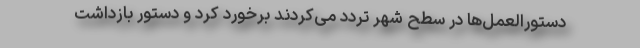
دستورالعمل‌ها در سطح شهر تردد می‌کردند برخورد کرد و دستور بازداشت